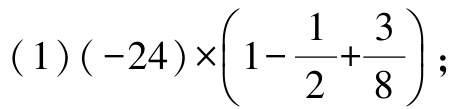
\((1)(-24)\times\left(1 - \dfrac{1}{2}+\dfrac{3}{8}\right);\)